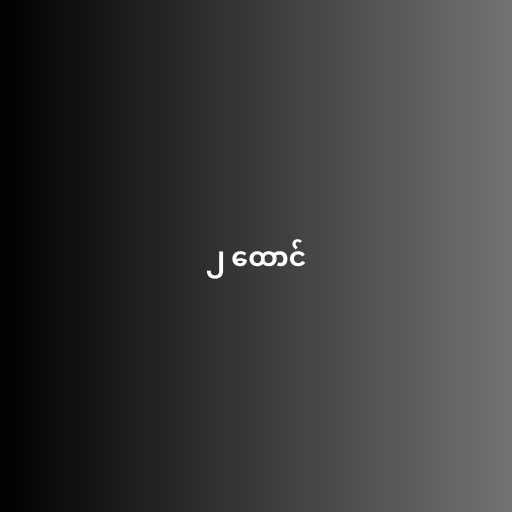
၂ ထောင်